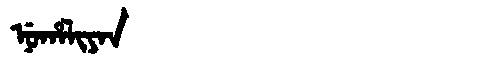
Manchu: ᠨᡠᡥᠠᠯᡳᠶᠠᠨ
Romanization: NUHALIYAN